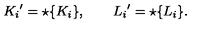
{ K _ { i } } ^ { \prime } = \star \{ K _ { i } \} , \qquad { L _ { i } } ^ { \prime } = \star \{ L _ { i } \} .